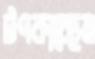
টপকাচ্ছেন